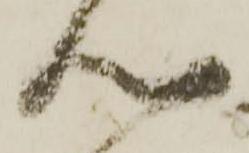
心